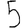
Digit: 5